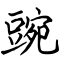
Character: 豌